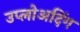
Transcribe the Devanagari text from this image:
उप्लोअदिंग